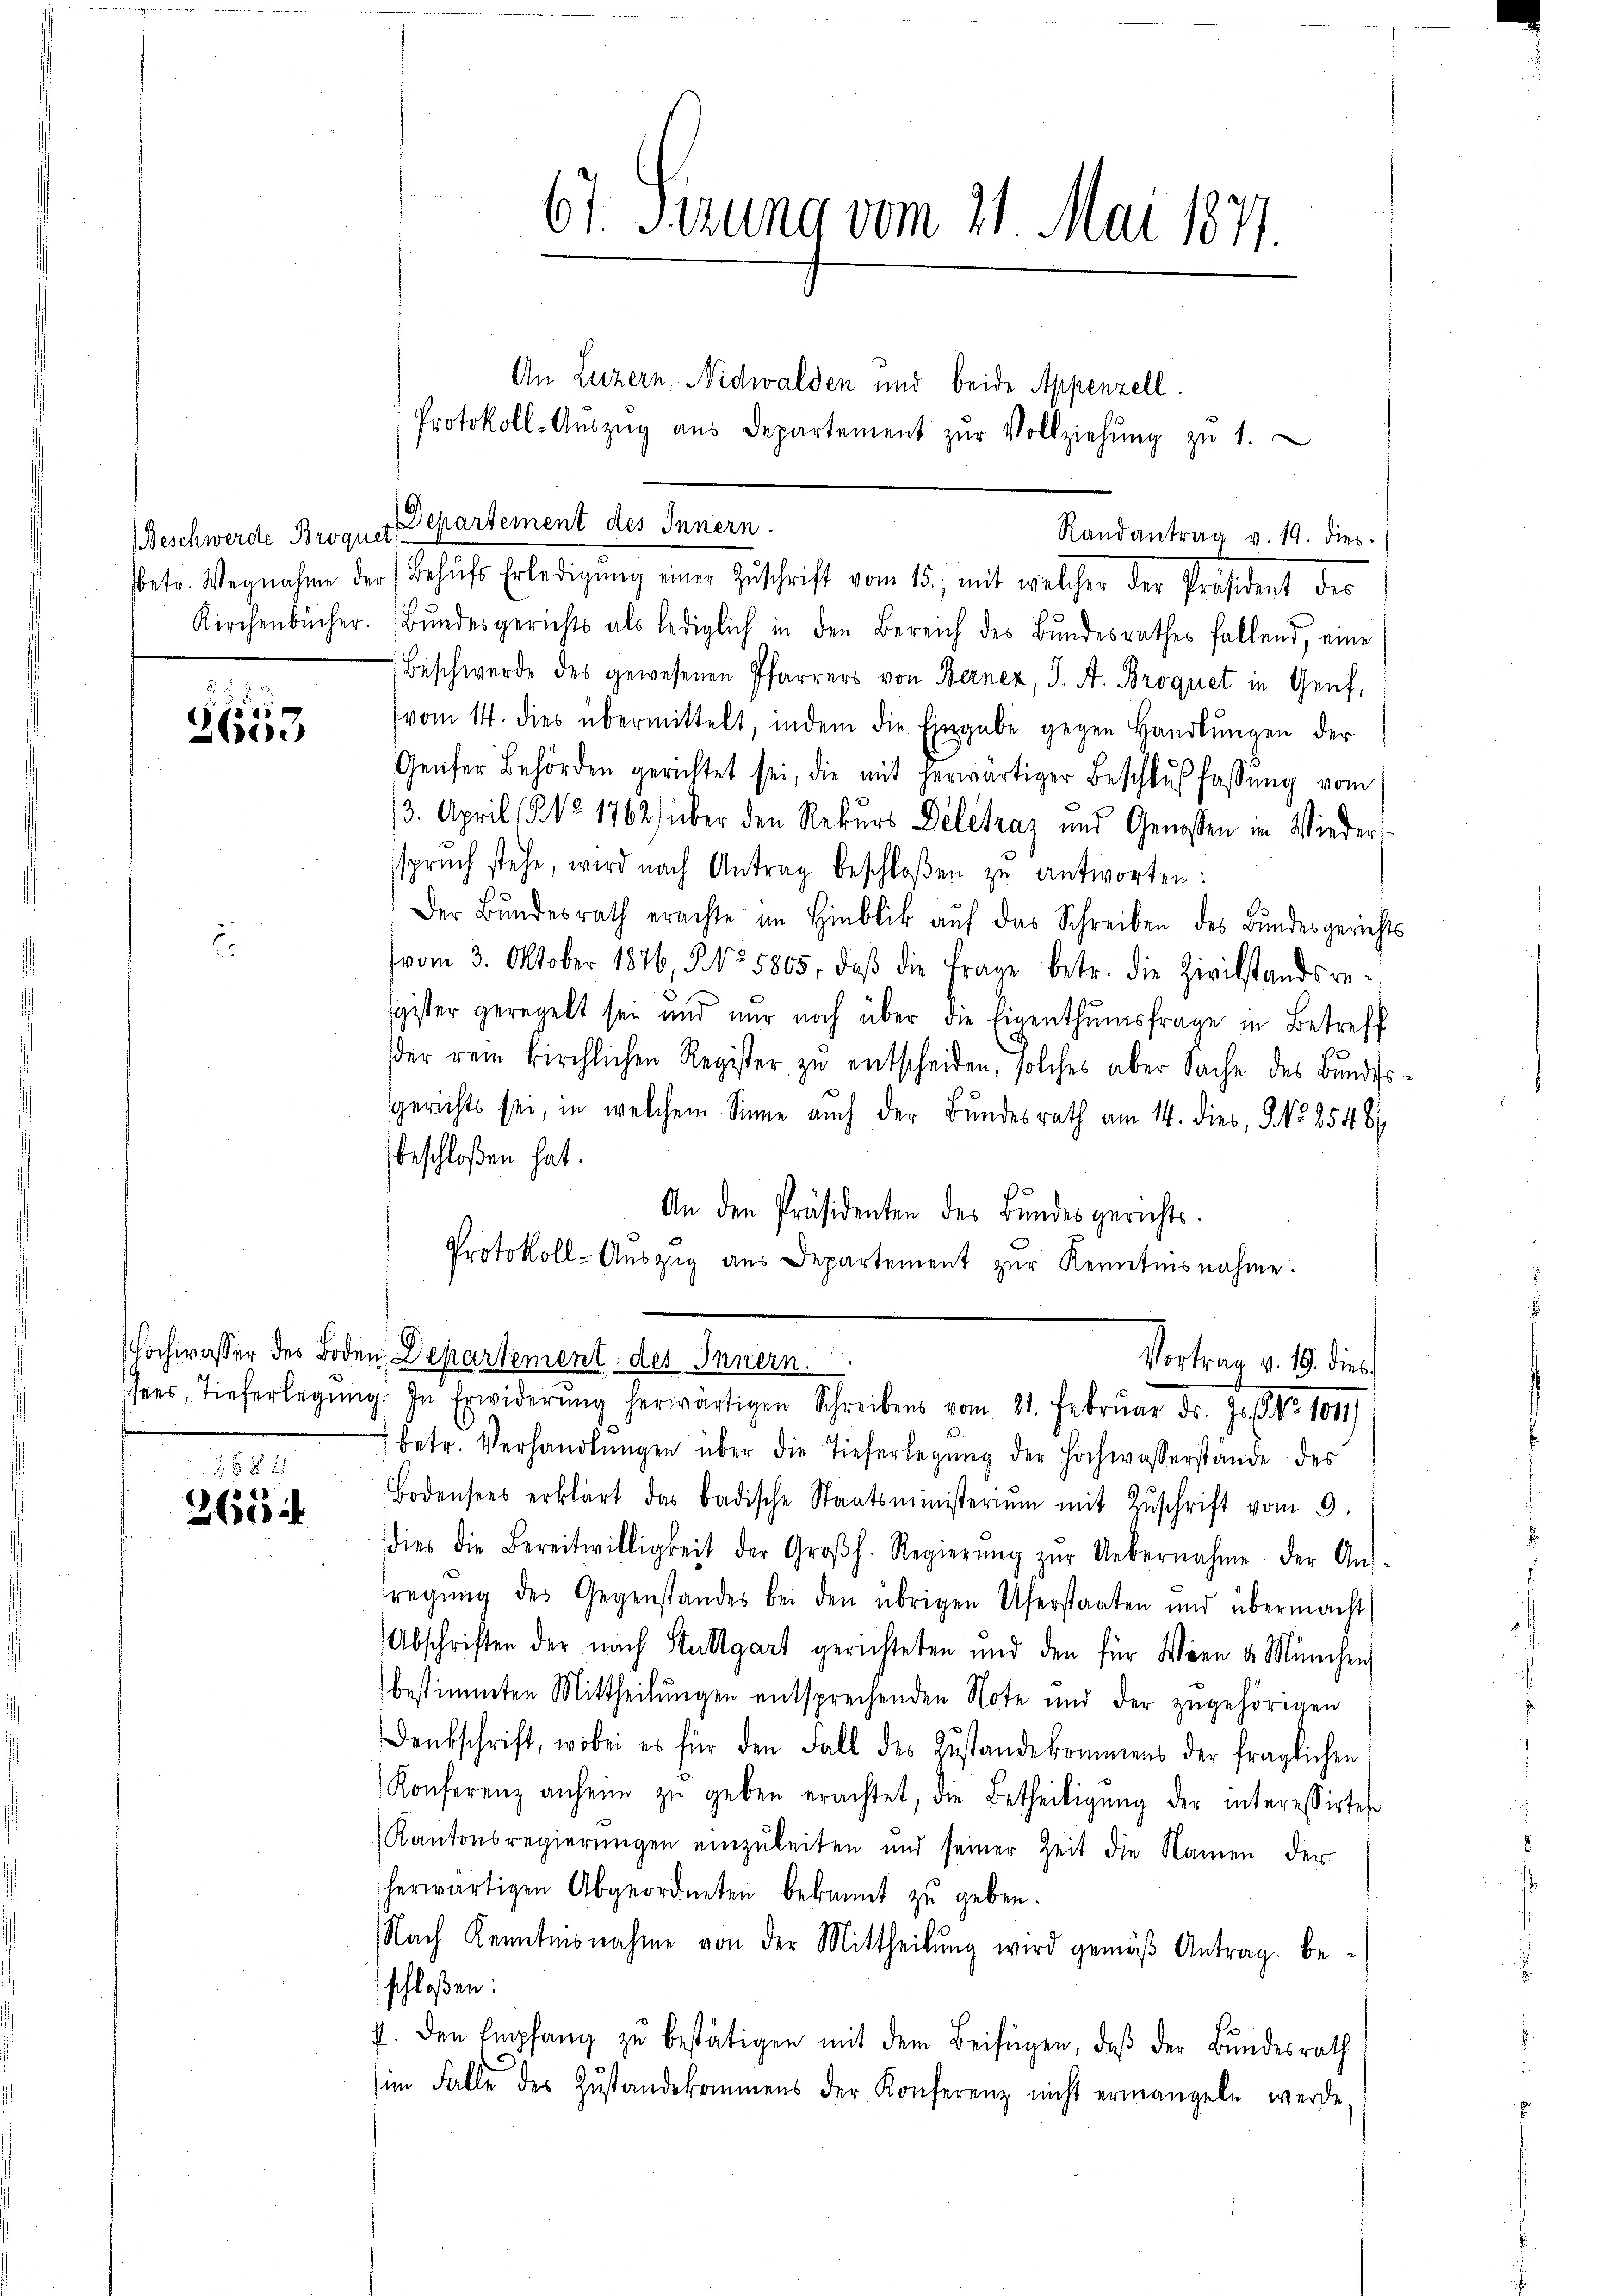
f
boc

26 § 2
1
20

An Luzern, Nidwalden und beide Appenzell.
Protokoll-Aŭszŭg aŭs Departement zŭr Vollziehŭng zŭ 1.
Beschwerde Broquet Departement des Innern.
Randantrag v. 19. dies
sbetr. Wegnahme der (Behŭfs Erledigŭng einer Zuschrift vom 15., mit welcher der Präsident des
Kirchenbücher. Bŭndesgerichts als lediglich in den Bereich des Bundesrathes fallend, eine
Beschwerde des gewesenen Pfarrers von Bernez, J. A. Broquet in Genf,
(vom 14. dies übermittelt, indem die Eingabe gegen Handlŭngen der
Genfer Behörden gerichtet sei, die mit herwärtiger Beschlŭβ fassŭng vom
13. April ( N° 1762) über den Rekurs Delétraz und Genossen in Wiederspruch stehe, wird nach Antrag beschloßen zu antworten:
Der Bŭndesrath erachte im Hinblik aŭf das Schreiben des Bŭndesgerichts
vom 3. Oktober 1846, No 5805, daβ die Frage betr. die Zivilstandsre-
gister geregelt sei und nur noch über die Eigenthŭmsfrage in Betreff
der rein kirchlichen Register zu entscheiden, solches aber Sache des Bundesgerichts sei, in welchem Sinne auch der Bundesrath am 14. dies, No 2548
beschloßen hat.
An den Präsidenten des Bundesgerichts.
Protokoll-Auszug aus Departement zŭr Kenntnisnahme.
ochwasser des Boden Departement des Innern.
Vortrag v. 19. dies
hees, Tieferlegŭng. In Erwiderŭng herwärtigen Schreibens vom 21. Febrŭar d. Js. No 1011)
betr. Verhandlŭngen über die Tieferlegŭng der Hochwasserstände des
Bodensees erklärt das badische Staatsministeriŭm mit Zŭschrift vom 9.
dies die Bereitwilligkeit der Groβh. Regierŭng zŭr Uebernahme der Aus-
fregung des Gegenstandes bei den übrigen Uferstaaten und übermacht
Abschriften der nach Stuttgart gerichteten und den für Wien v. München
bestimmten Mittheilungen entsprechenden Note und der zugehörigen
Denkschrift, wobei es für den Fall des Zustandekommens der fraglichen
Konferenz anheim zŭ geben erachtet, die Betheiligŭng der interessirtes
Kantonsregierŭngen einzŭleiten und seiner Zeit die Namen der
herwärtigen Abgeordneten bekannt zŭ geben.
Nach Kenntnisnahme von der Mittheilung wird gemäß Antrag beschloßen:
f. den Empfang zŭ bestätigen mit dem Beifügen, daβ der Bundesrath
im Falle des Zŭstandekommens der Konferenz nicht ermangeln werde,

67. Sezung vom 21. Mai 1871.